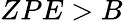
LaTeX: ZPE>B